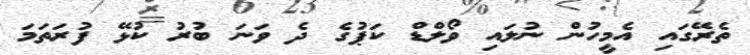
ތެރޭގައި އެމީހުން ނުލައި ވޯލްޑް ކަޕުގެ ދެ ވަނަ ބުރު ކުޅޭ ފުރަތަމަ